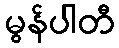
မွန်ပါတီ